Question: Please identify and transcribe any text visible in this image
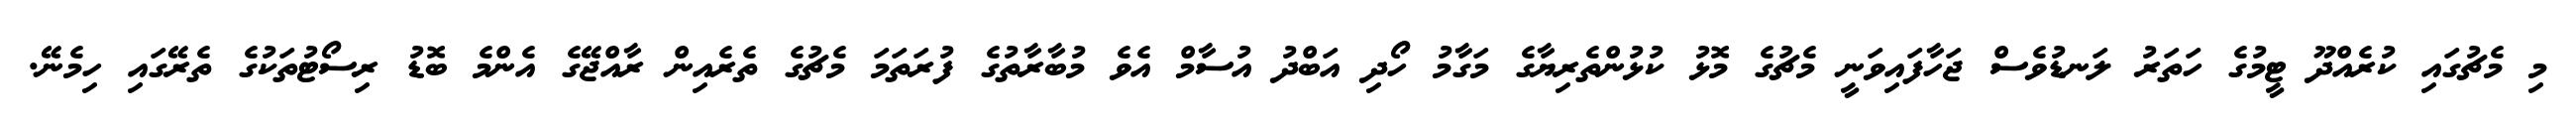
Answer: މި މެޗުގައި ކުރެއްދޫ ޓީމުގެ ހަތަރު ލަނޑުވެސް ޖަހާފައިވަނީ މެޗުގެ މޮޅު ކުޅުންތެރިޔާގެ މަގާމު ހޯދި އަބްދު އުސާމް އެވެ މުބާރާތުގެ ފުރަތަމަ މެޗުގެ ތެރެއިން ރާއްޖޭގެ އެންމެ ބޮޑު ރިސޯޓުތަކުގެ ތެރޭގައި ހިމެނޭ.